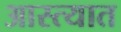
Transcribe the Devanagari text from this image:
आस्त्यात